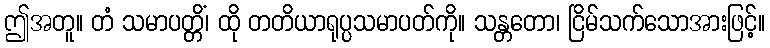
ဤအတူ။ တံ သမာပတ္တိံ၊ ထို တတိယာရုပ္ပသမာပတ်ကို။ သန္တတော၊ ငြိမ်သက်သောအားဖြင့်။